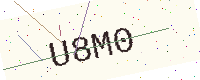
Text: U8M0